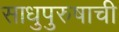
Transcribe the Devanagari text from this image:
साधुपुरुषाची